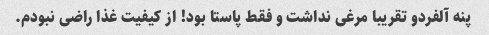
پنه آلفردو تقریبا مرغی نداشت و فقط پاستا بود! از کیفیت غذا راضی نبودم.